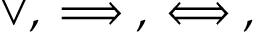
\lor , \implies , \iff ,